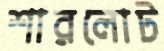
শারলোট